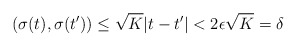
\begin{align*}{}(\sigma(t),\sigma(t')) \le \sqrt{K}|t-t'| < 2\epsilon \sqrt{K}=\delta \end{align*}